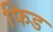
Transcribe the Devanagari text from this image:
फिड